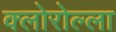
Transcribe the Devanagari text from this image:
क्लोरोल्ला